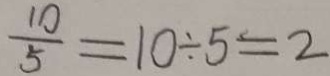
\frac { 1 0 } { 5 } = 1 0 \div 5 = 2